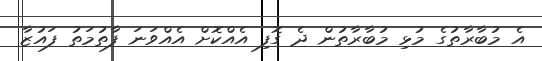
އެ މުބާރާތުގެ މުޅި މުބާރާތުން ދެ ގޮފި އެއްކޮށް އެއްވަނަ ފާތުމަތު ފައުޒާ